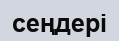
сеңдері